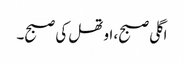
اگلی صبح، اوتھل کی صبح۔